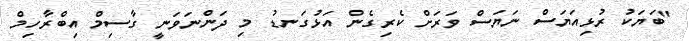
"ބަޔަކު ރުޅިއަޔަސް ނަޔަސް ވަރަށް ކެރިގެން އަޅުގަނޑު މި ދަންނަވަނީ ގާސިމް އިބްރާހިމް